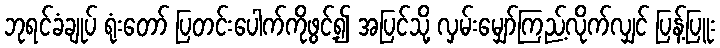
ဘုရင်ခံချုပ် ရုံးတော် ပြတင်းပေါက်ကိုဖွင့်၍ အပြင်သို့ လှမ်းမျှော်ကြည့်လိုက်လျှင် ပြန့်ပြူး